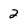
Character: 2